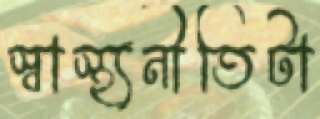
স্বাস্থ্যনীতিটা